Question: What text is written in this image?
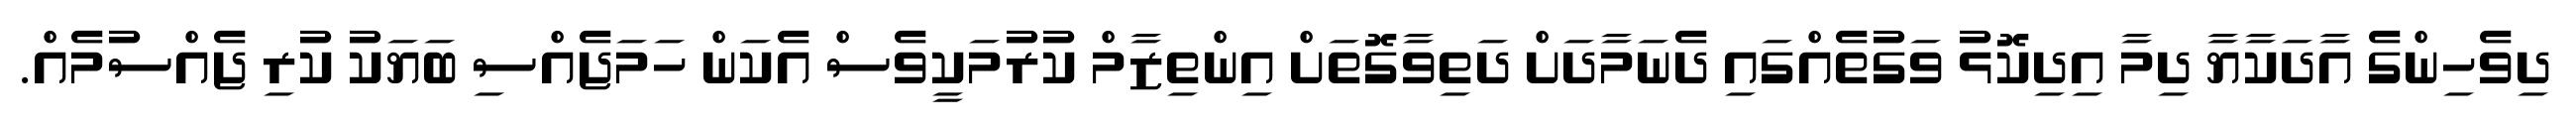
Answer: ދިވެހިންގެ އާދަކާޔާ ދިމާ އިދިކޮޅު ވަގުތެއްގައި ދެނަމާދަށް ދަތިވާގޮތަށް އިންތިޒާމް ކުރުމަކީވެސް އެކަން ހަމަޖެއްސި ބަޔަކު ކުރި ޖެއްސުމެއް.